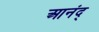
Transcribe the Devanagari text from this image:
आनंद्